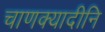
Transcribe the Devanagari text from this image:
चाणक्यादीनि